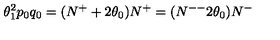
\theta _ { 1 } ^ { 2 } p _ { 0 } q _ { 0 } = ( N ^ { + } + 2 \theta _ { 0 } ) N ^ { + } = ( N ^ { -- } 2 \theta _ { 0 } ) N ^ { - }